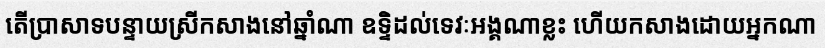
តើប្រាសាទបន្ទាយស្រីកសាងនៅឆ្នាំណា ឧទ្ទិដល់ទេវៈអង្គណាខ្លះ ហើយកសាងដោយអ្នកណា